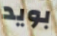
بويد